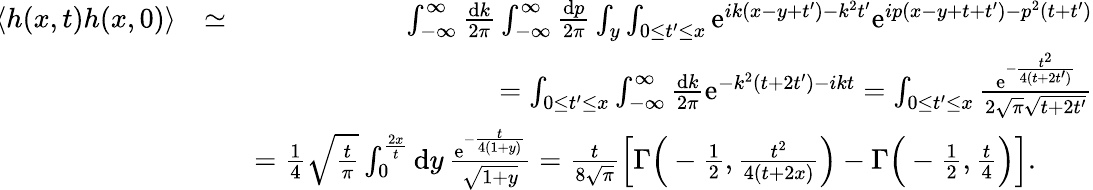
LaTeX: \begin{array}{rlr}{\! \left<h(x,t)h(x,0)\right>}&{\simeq}&{\int_{-\infty}^{\infty}\frac{\mathrm{d}k}{2\pi}\int_{-\infty}^{\infty}\frac{\mathrm{d}p}{2\pi}\int_{y}\int_{0\le t^{\prime}\le x}\mathrm{e}^{ik(x-y+t^{\prime})-k^{2}t^{\prime}}\mathrm{e}^{ip(x-y+t+t^{\prime})-p^{2}(t+t^{\prime})}}\\ &{}&{=\int_{0\le t^{\prime}\le x}\int_{-\infty}^{\infty}\frac{\mathrm{d}k}{2\pi}\mathrm{e}^{-k^{2}(t+2t^{\prime})-ikt}=\int_{0\le t^{\prime}\le x}\frac{\mathrm{e}^{-\frac{t^{2}}{4(t+2t^{\prime})}}}{2\sqrt{\pi}\sqrt{t+2t^{\prime}}}}\\ &{}&{=\frac 14\sqrt{\frac t\pi}\int_{0}^{\frac{2x}t}\mathrm{d}y\, \frac{\mathrm{e}^{-\frac{t}{4(1+y)}}}{\sqrt{1+y}}=\frac t{8\sqrt{\pi}}\left[\Gamma\Big(-\frac 12,\frac{t^{2}}{4(t+2x)}\Big)-\Gamma\Big(-\frac 12,\frac{t}{4}\Big)\right].\qquad}\end{array}